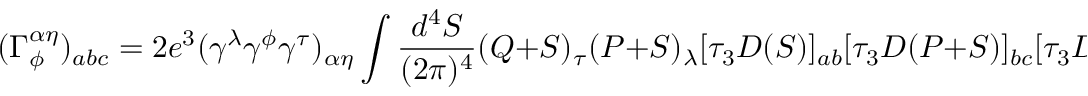
( \Gamma _ { \phi } ^ { \alpha \eta } ) _ { a b c } = 2 e ^ { 3 } ( \gamma ^ { \lambda } \gamma ^ { \phi } \gamma ^ { \tau } ) _ { \alpha \eta } \int \frac { d ^ { 4 } S } { ( 2 \pi ) ^ { 4 } } ( Q + S ) _ { \tau } ( P + S ) _ { \lambda } [ \tau _ { 3 } D ( S ) ] _ { a b } [ \tau _ { 3 } D ( P + S ) ] _ { b c } [ \tau _ { 3 } D ( Q + S ) ] _ { c a } .